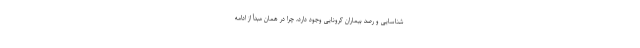
شناسایی و رصد بیماران کرونایی وجود دارد، چرا در همان مبدأ از ادامه